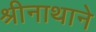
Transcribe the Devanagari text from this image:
श्रीनाथाने